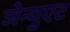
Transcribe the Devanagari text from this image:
जेन्युएट